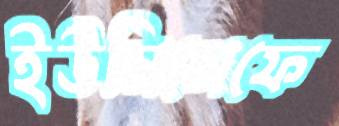
ইউনিসেফে